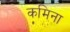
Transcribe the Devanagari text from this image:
कमिना